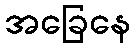
အခြေနေ